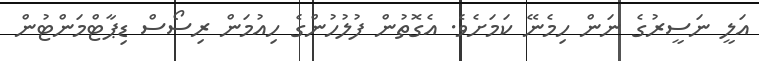
އަލީ ނަސީރުގެ ނަން ހިމެނޭ ކަމަށެވެ. އެގޮތުން ފުލުހުންގެ ހިއުމަން ރިސޯސް ޑިޕާޓްމަންޓުން